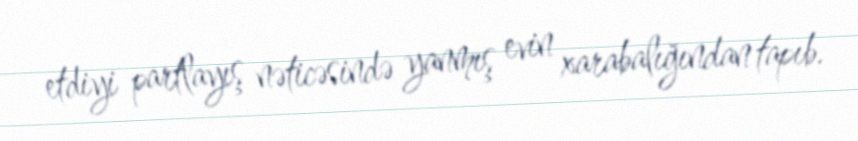
etdiyi partlayış nəticəsində yanmış evin xarabalığından tapıb.